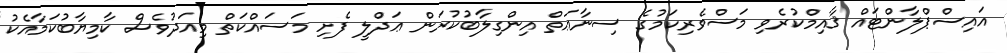
އައިސްޕްލާންޓައް ޤާއިމްކުރެވި މަސްވެރިކަމުގެ ސިނާޢަތް އިންގިލާބުކުރަން ޢަދްލީ ފެށި މަސައްކަތް މިއަދުވެސް ކާމިޔާބުކަމާއެކު